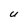
Character: U